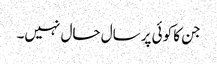
جن کا کوئی پرسال حال نہیں۔